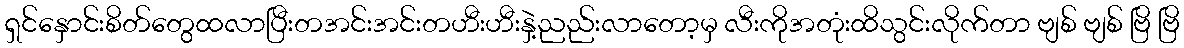
ရှင်နှောင်းစိတ်တွေထလာပြီးတအင်းအင်းတဟီးဟီးနှဲ့ညည်းလာတော့မှ လီးကိုအတုံးထိသွင်းလိုက်တာ ဗျစ် ဗျစ် ဗြိ ဗြိ